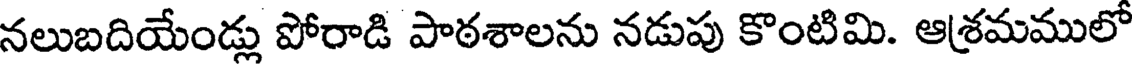
నలుబదియేండ్లు పోరాడి పాఠశాలను నడుపు కొంటిమి. ఆశ్రమములో